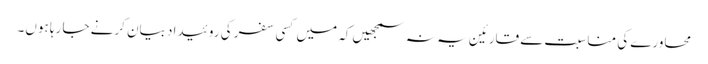
محاورے کی مناسبت سے قارئین یہ نہ سمجھیں کہ میں کسی سفر کی روئیداد بیان کرنے جا رہا ہوں۔